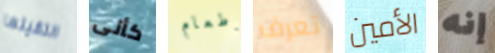
التقيتها كأنى وطعام تعرف الأمين إنه